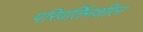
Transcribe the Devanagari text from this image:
परिवर्तिनशील